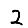
Digit: 2